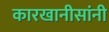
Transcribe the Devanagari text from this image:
कारखानीसांनी